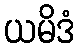
ယမိဒံ